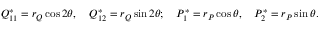
Q _ { 1 1 } ^ { * } = r _ { Q } \cos { 2 \theta } , \quad Q _ { 1 2 } ^ { * } = r _ { Q } \sin { 2 \theta } ; \quad P _ { 1 } ^ { * } = r _ { P } \cos { \theta } , \quad P _ { 2 } ^ { * } = r _ { P } \sin { \theta } .